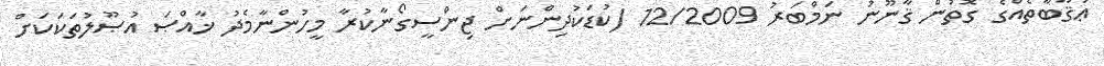
ޢުޤޫބާތެއްގެ ގޮތުން ޤާނޫނު ނަމްބަރު 12/2009 (ކުޑަކުދިންނަށް ޖިންސީގޯނާކުރާ މީހުންނާމެދު ޚާއްޞަ އުޞޫލުތަކަކަށް